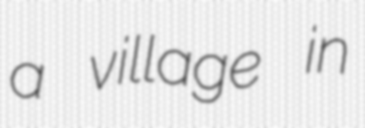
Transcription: a village in